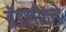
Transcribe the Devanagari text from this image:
ब्रॅडलीकडे